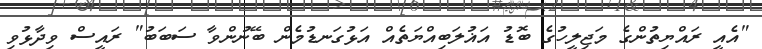
"އެއީ ރައްޔިތުންގެ މަޖިލީހުގެ ބޮޑު އަޣުލަބިއްޔަތެއް އަޅުގަނޑުމެން ބޭނުންވާ ސަބަބު" ރައީސް ވިދާޅުވި